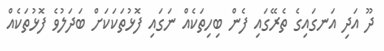
ދޫ އަދި އަނގައިގެ ތެރޭގައި ފެން ބިހިތަކެއް ނަގައި ފޮޅުތަކަކަށް ބަދަލުވެ ފޮޅުތަކެއް